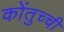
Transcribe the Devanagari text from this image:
कोंतुच्ची